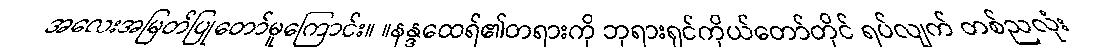
အလေးအမြတ်ပြုတော်မူကြောင်း။ ။နန္ဒထေရ်၏တရားကို ဘုရားရှင်ကိုယ်တော်တိုင် ရပ်လျက် တစ်ညလုံး